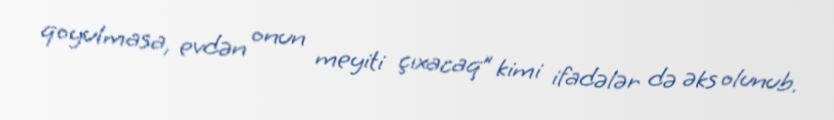
qoyulmasa, evdən onun meyiti çıxacaq” kimi ifadələr də əks olunub.